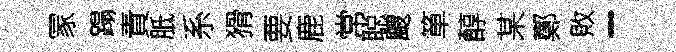
冡蹋責胝系猾要鹿常聪颼箪醇某鄭敗一